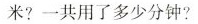
米?一共用了多少分钟?